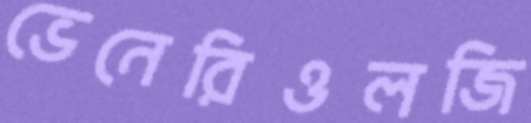
ভেনেরিওলজি